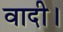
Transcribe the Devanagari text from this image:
वादी।